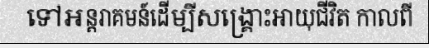
ទៅអន្តរាគមន៍ដើម្បីសង្គ្រោះអាយុជីវិត កាលពី